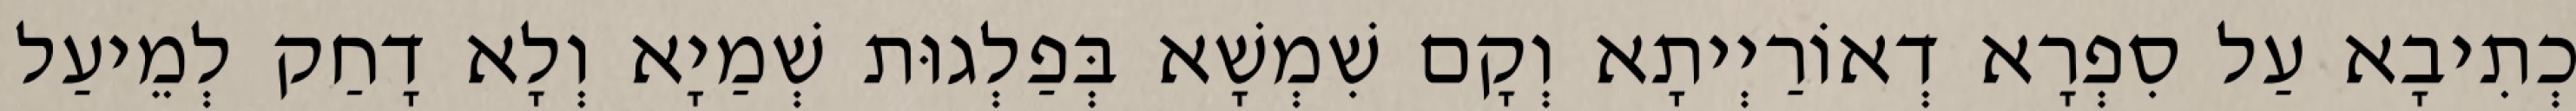
כְתִיבָא עַל סִפְרָא דְאוֹרַיְיתָא וְקָם שִׁמְשָׁא בְּפַלְגוּת שְׁמַיָא וְלָא דָחַק לְמֵיעַל